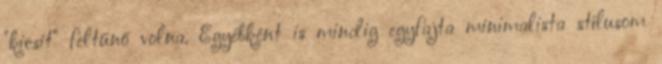
"kicsit" feltűnő volna. Egyébként is mindig egyfajta minimalista stílusom